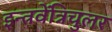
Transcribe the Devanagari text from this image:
इन्त्रवेंत्रिचुलर